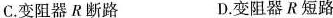
C.变阻器R断路 D.变阻器R短路